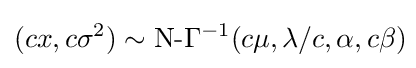
(cx,c\sigma ^{2})\sim {\text{N-}}\Gamma ^{-1}(c\mu ,\lambda /c,\alpha ,c\beta )\!